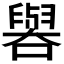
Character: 𫬁